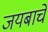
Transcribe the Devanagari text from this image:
जयबाचे